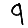
Digit: 9